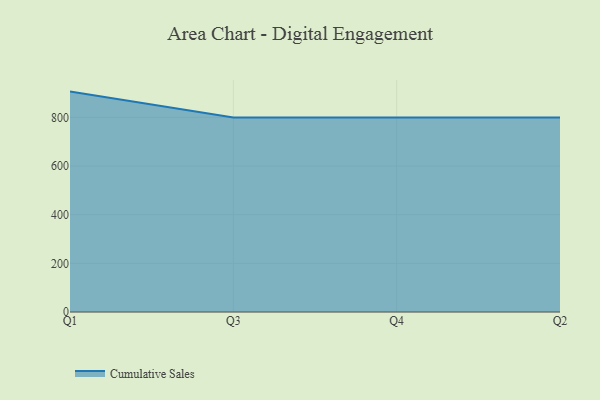
{"axis": {"x": "Quarter", "y": "Shipments"}, "legend": ["Cumulative Sales"], "data": [{"x": "Q1", "y": 906.1, "type": "Cumulative Sales"}, {"x": "Q3", "y": 800, "type": "Cumulative Sales"}, {"x": "Q4", "y": 800, "type": "Cumulative Sales"}, {"x": "Q2", "y": 800, "type": "Cumulative Sales"}]}